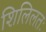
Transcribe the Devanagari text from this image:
शिलिलतः